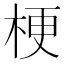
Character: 梗